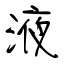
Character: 液